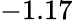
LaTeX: -1.17